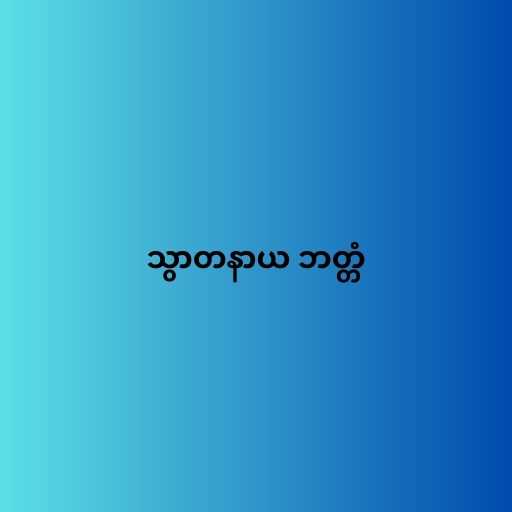
သွာတနာယ ဘတ္တံ